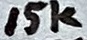
Text: 10K